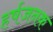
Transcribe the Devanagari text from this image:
हर्षजनक